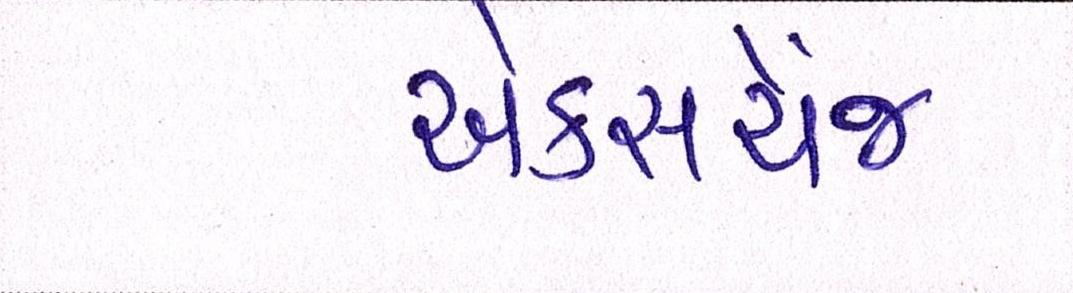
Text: એક્સચેંજ